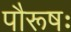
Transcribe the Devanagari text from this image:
पौरूषः